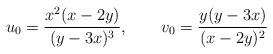
LaTeX: \begin{align*}u_0 = \frac{x^2 (x-2y)}{(y-3x)^3},\qquad v_0 = \frac{y (y-3x)}{(x-2y)^2}\end{align*}